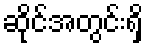
ဆိုင်အတွင်းရှိ